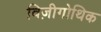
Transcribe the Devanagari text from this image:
विज़ीगोथिक